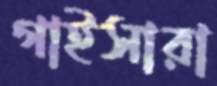
গাইসারা